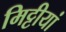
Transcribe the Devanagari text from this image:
मिट्टीयां